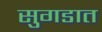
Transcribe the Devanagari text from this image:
सुगडात